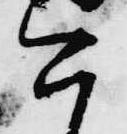
今